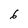
Character: 6